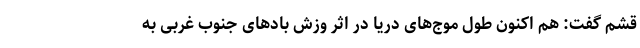
قشم گفت: هم اکنون طول موج‌های دریا در اثر وزش بادهای جنوب غربی به